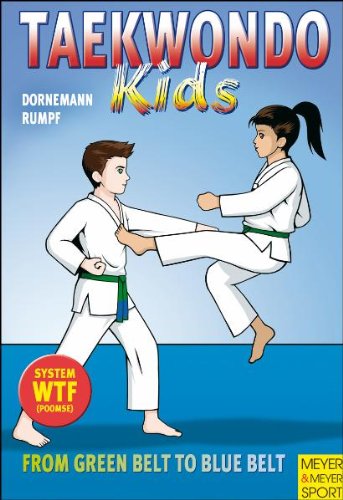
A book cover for Taekwondo Kids: From Green Belt to Blue Belt; Wolfgang Rumpf; Teen & Young Adult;